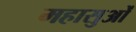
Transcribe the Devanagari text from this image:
महासुओं